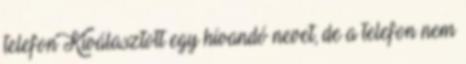
telefon Kiválasztott egy hívandó nevet, de a telefon nem